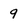
Character: 9